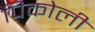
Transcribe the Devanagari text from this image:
पिकोली